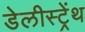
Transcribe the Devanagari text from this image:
डेलीस्ट्रेंथ